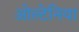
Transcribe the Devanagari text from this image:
ओल्टेनिया